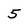
Character: 5